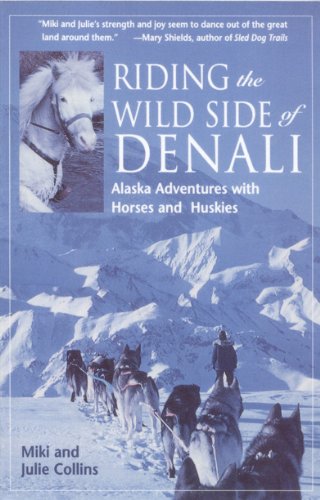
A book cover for Riding the Wild Side of Denali: Adventures with Horses and Huskies; Miki Collins; Sports & Outdoors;